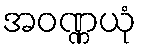
အဝဏ္ဏယုံ